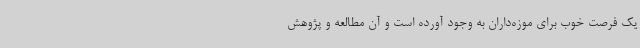
یک فرصت خوب برای موزه‌داران به وجود آورده است و آن مطالعه و پژوهش